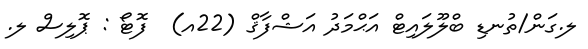
ލ.ގަން/ތުނޑި ބްލޫލައިޓް އަޙްމަދު އަޝްފާޤް (22އ)  ފޮޓޯ : ޕޮލިސް ލ.